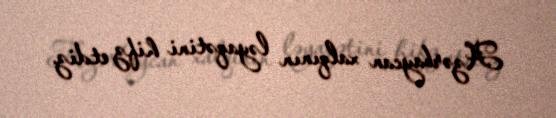
Azərbaycan xalqının ləyaqətini hifz etdiz.